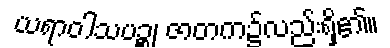
ယရာဝါသပဉ္စ၊ ဇာတက၌လည်းရှိ၏။